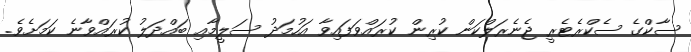
ސާކްގެ ސެކްރެޓެރީ ޖެނެރަލްކަން ކުރިން ކުރައްވަފައިވާ އަހުމަދު ސަލީމާއި ބައްދަލު ކުރައްވާނެ ކަމަށެވެ.